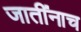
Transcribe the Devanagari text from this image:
जातींनाच